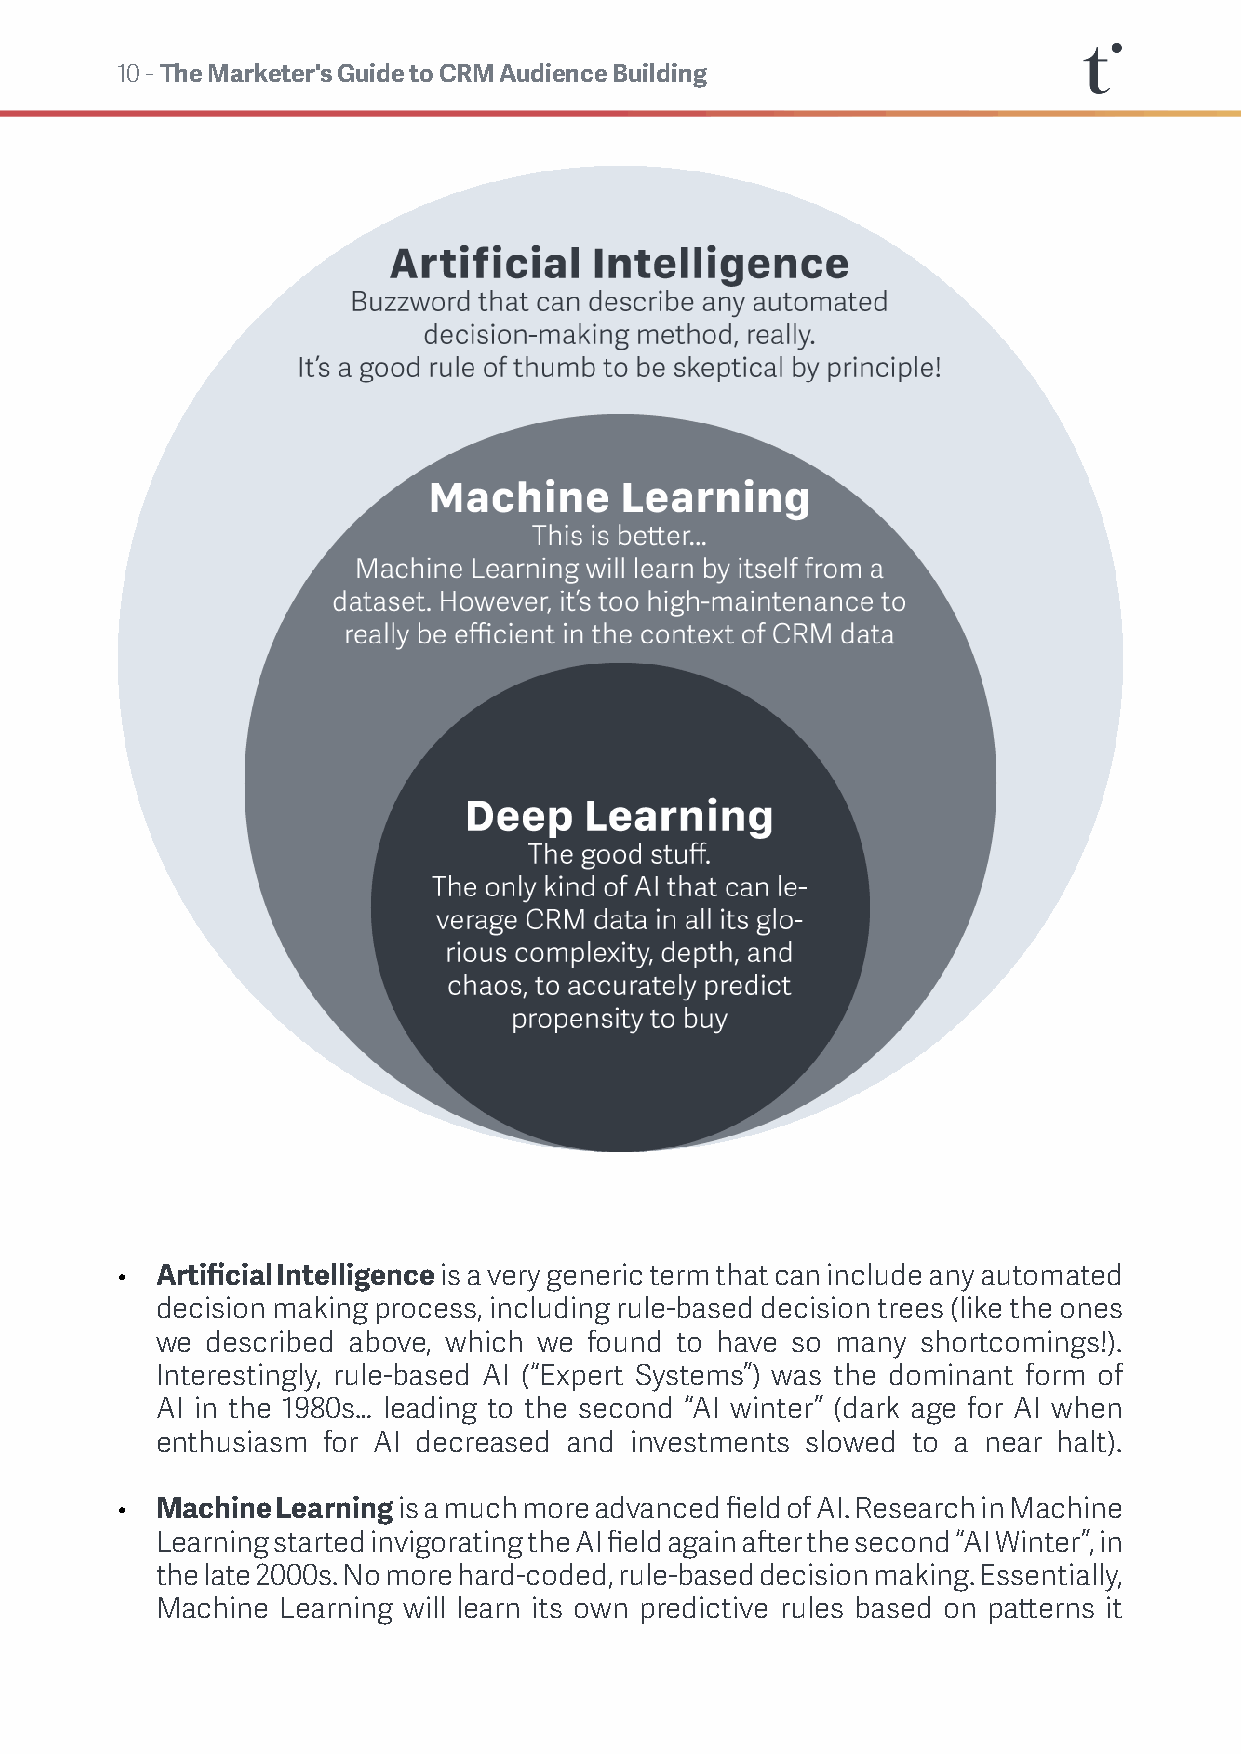
10 - The Marketer's Guide to CRM Audience Building
 • Artificial Intelligence is a very generic term that can include any automated
 decision making process, including rule-based decision trees (like the ones
 we  described above, which we found to have so many shortcomings!).
 Interestingly, rule-based AI (“Expert Systems”) was the dominant form of
 AI in the 1980s… leading to the second “AI winter” (dark age for AI when
 enthusiasm for AI decreased and investments slowed to a near halt).
 • Machine Learning is a much more advanced field of AI. Research in Machine
 Learning started invigorating the AI field again after the second “AI Winter”, in
 the late 2000s. No more hard-coded, rule-based decision making. Essentially,
 Machine  Learning will learn its own predictive rules based on patterns it